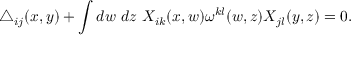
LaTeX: \triangle _ { i j } ( x , y ) + \int d w ~ d z ~ X _ { i k } ( x , w ) \omega ^ { k l } ( w , z ) X _ { j l } ( y , z ) = 0 .